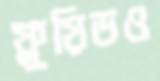
ফ্লুয়িডও